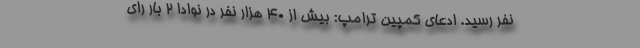
نفر رسید. ادعای کمپین ترامپ: بیش از 40 هزار نفر در نوادا 2 بار رای